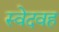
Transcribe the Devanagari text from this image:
स्वेदवह